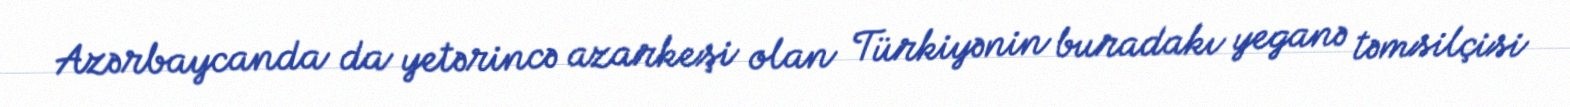
Azərbaycanda da yetərincə azarkeşi olan Türkiyənin buradakı yeganə təmsilçisi